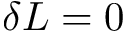
\delta L = 0